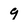
Character: g